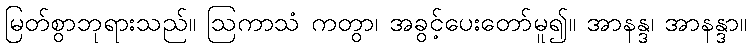
မြတ်စွာဘုရားသည်။ ဩကာသံ ကတွာ၊ အခွင့်ပေးတော်မူ၍။ အာနန္ဒ၊ အာနန္ဒာ။